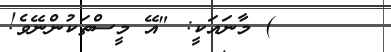
٢ ) މާނައަކީ: "އޭ މީސްތަކުންނޭވެ!